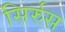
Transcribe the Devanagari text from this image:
सिर्रुस